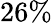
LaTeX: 26\%